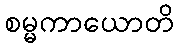
စမ္မကာယောတိ